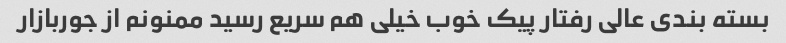
بسته بندی عالی رفتار پیک خوب خیلی هم سریع رسید ممنونم از جوربازار